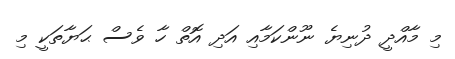
މި މާއްދީ ދުނިޔެ ނޫންކަމާއި އަދި އޮތް ހާ ވެސް ޙަޔާތަކީ މި